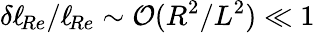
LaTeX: \delta\ell_{\! Re}/\ell_{\! Re}\sim\mathcal O(R^{2}/L^{2})\ll 1